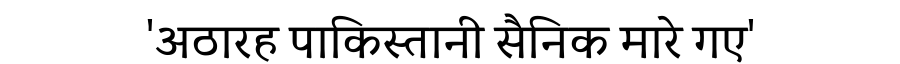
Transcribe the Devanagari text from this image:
'अठारह पाकिस्तानी सैनिक मारे गए'